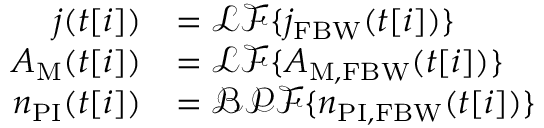
\begin{array} { r l } { j ( t [ i ] ) } & { = \mathcal { L F } \{ j _ { \mathrm { F B W } } ( t [ i ] ) \} } \\ { A _ { \mathrm { M } } ( t [ i ] ) } & { = \mathcal { L F } \{ A _ { \mathrm { M , F B W } } ( t [ i ] ) \} } \\ { n _ { \mathrm { P I } } ( t [ i ] ) } & { = \mathcal { B P F } \{ n _ { \mathrm { P I , F B W } } ( t [ i ] ) \} } \end{array}